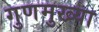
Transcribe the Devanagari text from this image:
गुणमुख्या